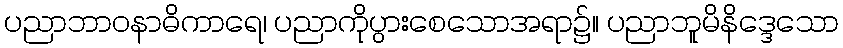
ပညာဘာဝနာဓိကာရေ၊ ပညာကိုပွားစေသောအရာ၌။ ပညာဘူမိနိဒ္ဒေသော